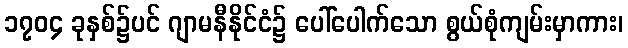
၁၇၀၄ ခုနှစ်၌ပင် ဂျာမနီနိုင်ငံ၌ ပေါ်ပေါက်သော စွယ်စုံကျမ်းမှာကား၊